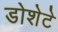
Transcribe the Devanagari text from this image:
डोशेटे